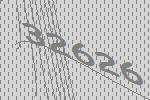
32626